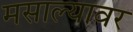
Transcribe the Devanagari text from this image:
मसाल्यावर